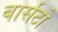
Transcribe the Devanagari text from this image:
बार्सटो